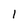
Character: 1